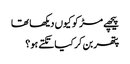
پیچھے مڑ کو کیوں دیکھا تھا
پتھر بن کر کیا تکتے ہو؟